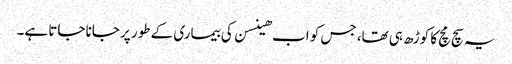
یہ سچ مچ کا کوڑھ ہی تھا، جس کو اب ھینسن کی بیماری کے طور پر جانا جاتا ہے۔